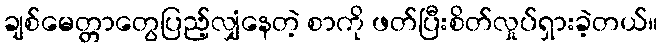
ချစ်မေတ္တာတွေပြည့်လျှံနေတဲ့ စာကို ဖတ်ပြီးစိတ်လှုပ်ရှားခဲ့တယ်။